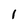
Character: 1